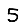
Digit: 5